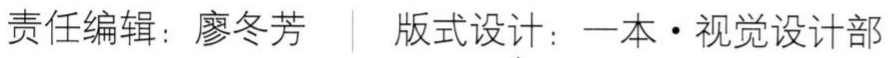
责任编辑：廖冬芳 | 版式设计：一本·视觉设计部